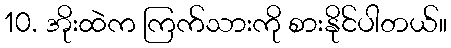
10. အိုးထဲက ကြက်သားကို စားနိုင်ပါတယ်။